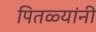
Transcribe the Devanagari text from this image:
पितळ्यांनी